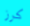
كرز